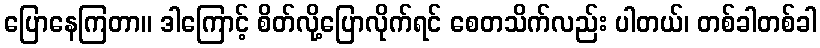
ပြောနေကြတာ။ ဒါကြောင့် စိတ်လို့ပြောလိုက်ရင် စေတသိက်လည်း ပါတယ်၊ တစ်ခါတစ်ခါ